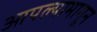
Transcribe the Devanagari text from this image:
आपल्यामागून